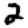
Digit: 2